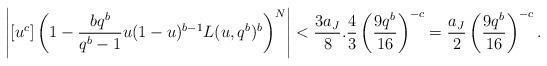
LaTeX: \begin{align*}\left|[u^c]\left(1- \frac{bq^b}{q^b-1}u(1-u)^{b-1} L(u,q^b)^{b}\right)^{N}\right| <\frac{3a_J}{8}.\frac{4}{3}\left(\frac{9q^b}{16}\right)^{-c} = \frac{a_J}{2} \left(\frac{9q^b}{16}\right)^{-c}.\end{align*}